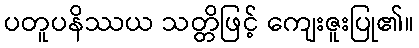
ပတူပနိဿယ သတ္တိဖြင့် ကျေးဇူးပြု၏။